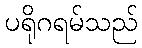
ပရိုဂရမ်သည်